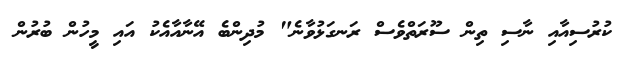
ކުރުސިއާއި ނާސި ތިން ސޫރަތްވެސް ރަނގަޅުވާނެ" މުދިންބެ އޭނާއާއެކު އައި މީހުން ބުރުން